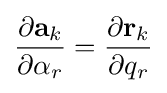
{\frac {\partial \mathbf {a} _{k}}{\partial \alpha _{r}}}={\frac {\partial \mathbf {r} _{k}}{\partial q_{r}}}